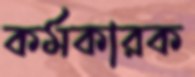
কর্মকারক